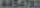
4454783